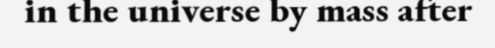
in the universe by mass after